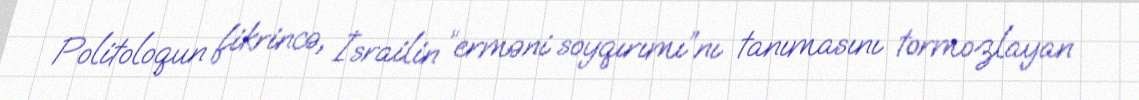
Politoloqun fikrincə, İsrailin “erməni soyqırımı”nı tanımasını tormozlayan